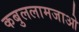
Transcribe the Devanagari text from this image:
कबुललामजाओ